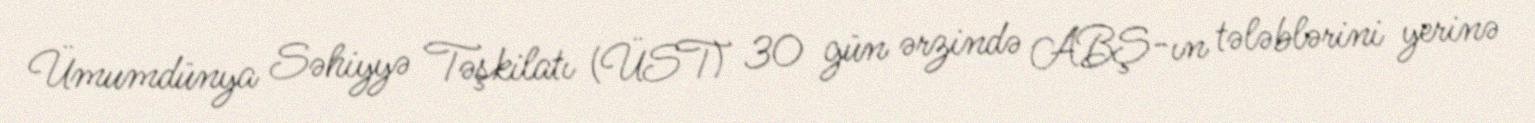
Ümumdünya Səhiyyə Təşkilatı (ÜST) 30 gün ərzində ABŞ-ın tələblərini yerinə